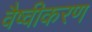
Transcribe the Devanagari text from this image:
वैष्वीकरण